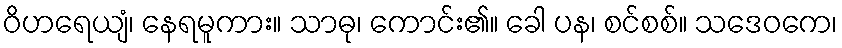
ဝိဟရေယျံ၊ နေရမူကား။ သာဓု၊ ကောင်း၏။ ခေါ ပန၊ စင်စစ်။ သဒေဝကေ၊